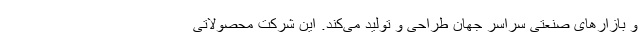
و بازارهای صنعتی سراسر جهان طراحی و تولید می‌کند. این شرکت محصولاتی